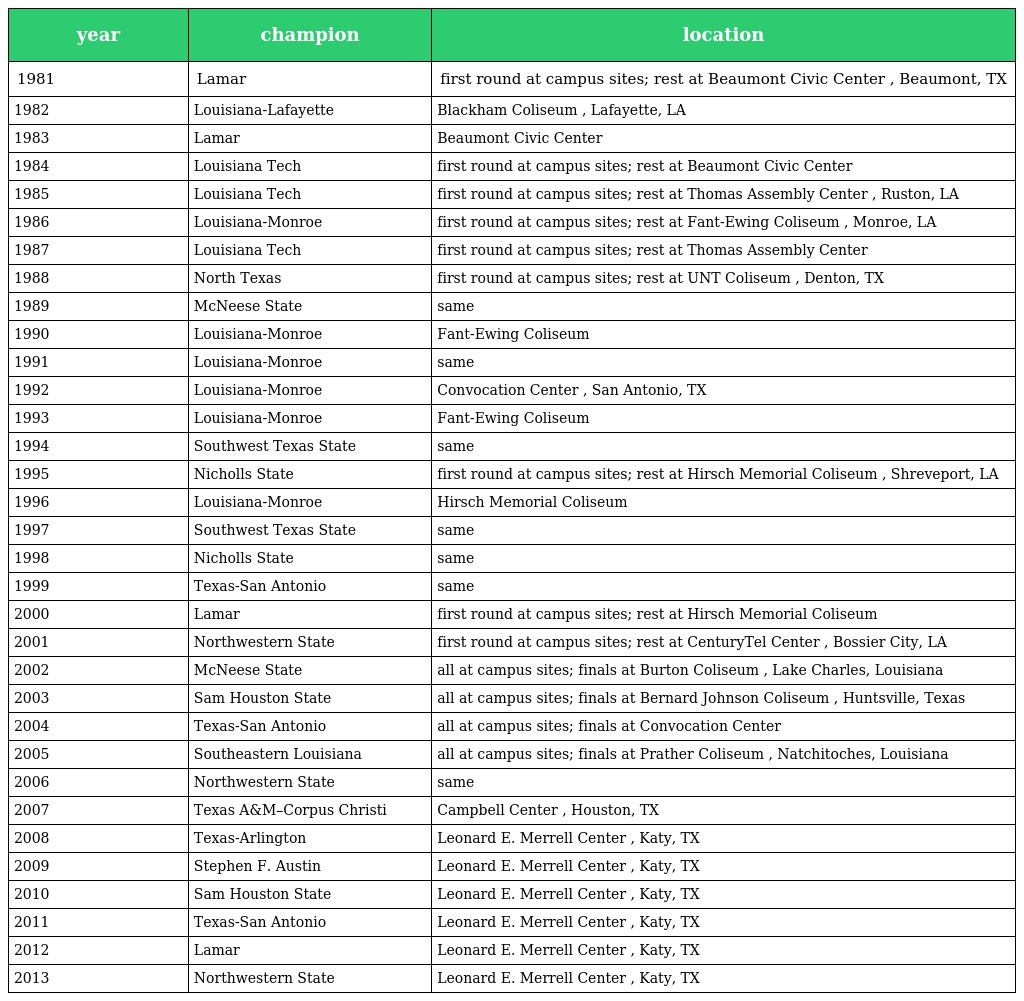
| year | champion | location |
 | --- | --- | --- |
 | 1981 | Lamar | first round at campus sites; rest at Beaumont Civic Center , Beaumont, TX |
 | 1982 | Louisiana-Lafayette | Blackham Coliseum , Lafayette, LA |
 | 1983 | Lamar | Beaumont Civic Center |
 | 1984 | Louisiana Tech | first round at campus sites; rest at Beaumont Civic Center |
 | 1985 | Louisiana Tech | first round at campus sites; rest at Thomas Assembly Center , Ruston, LA |
 | 1986 | Louisiana-Monroe | first round at campus sites; rest at Fant-Ewing Coliseum , Monroe, LA |
 | 1987 | Louisiana Tech | first round at campus sites; rest at Thomas Assembly Center |
 | 1988 | North Texas | first round at campus sites; rest at UNT Coliseum , Denton, TX |
 | 1989 | McNeese State | same |
 | 1990 | Louisiana-Monroe | Fant-Ewing Coliseum |
 | 1991 | Louisiana-Monroe | same |
 | 1992 | Louisiana-Monroe | Convocation Center , San Antonio, TX |
 | 1993 | Louisiana-Monroe | Fant-Ewing Coliseum |
 | 1994 | Southwest Texas State | same |
 | 1995 | Nicholls State | first round at campus sites; rest at Hirsch Memorial Coliseum , Shreveport, LA |
 | 1996 | Louisiana-Monroe | Hirsch Memorial Coliseum |
 | 1997 | Southwest Texas State | same |
 | 1998 | Nicholls State | same |
 | 1999 | Texas-San Antonio | same |
 | 2000 | Lamar | first round at campus sites; rest at Hirsch Memorial Coliseum |
 | 2001 | Northwestern State | first round at campus sites; rest at CenturyTel Center , Bossier City, LA |
 | 2002 | McNeese State | all at campus sites; finals at Burton Coliseum , Lake Charles, Louisiana |
 | 2003 | Sam Houston State | all at campus sites; finals at Bernard Johnson Coliseum , Huntsville, Texas |
 | 2004 | Texas-San Antonio | all at campus sites; finals at Convocation Center |
 | 2005 | Southeastern Louisiana | all at campus sites; finals at Prather Coliseum , Natchitoches, Louisiana |
 | 2006 | Northwestern State | same |
 | 2007 | Texas A&M–Corpus Christi | Campbell Center , Houston, TX |
 | 2008 | Texas-Arlington | Leonard E. Merrell Center , Katy, TX |
 | 2009 | Stephen F. Austin | Leonard E. Merrell Center , Katy, TX |
 | 2010 | Sam Houston State | Leonard E. Merrell Center , Katy, TX |
 | 2011 | Texas-San Antonio | Leonard E. Merrell Center , Katy, TX |
 | 2012 | Lamar | Leonard E. Merrell Center , Katy, TX |
 | 2013 | Northwestern State | Leonard E. Merrell Center , Katy, TX |